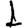
Digit: 1